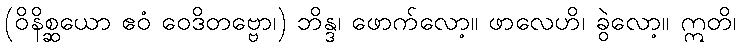
(ဝိနိစ္ဆယော ဧဝံ ဝေဒိတဗ္ဗော၊) ဘိန္ဒ၊ ဖောက်လော့။ ဖာလေဟိ၊ ခွဲလော့။ ဣတိ၊